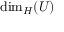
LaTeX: \dim _ { H } ( U )